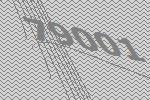
79001